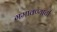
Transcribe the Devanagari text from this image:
गमावण्याची